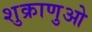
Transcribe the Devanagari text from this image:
शुक्राणुओ